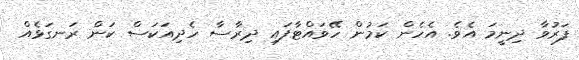
ފަރުވާ ދިނީމަ އެވެ. އެހެން ކަމުން ހޭވައްޓާފައި ދިރާސާ ހެދިއަކަސް ކަން ރަނގަޅެއް